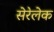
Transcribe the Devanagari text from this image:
सेरेलेक